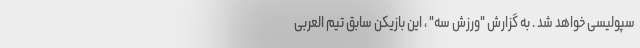
سپولیسی خواهد شد . به گزارش "ورزش سه" ، این بازیکن سابق تیم العربی